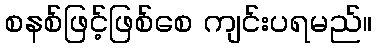
စနစ်ဖြင့်ဖြစ်စေ ကျင်းပရမည်။